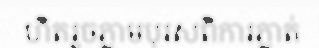
ហិតរួចភ្លាមបុរសពិការភ្លាត់